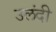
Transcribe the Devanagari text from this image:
उलंदी